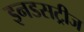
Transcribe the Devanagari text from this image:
इनडसट्रीज